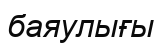
баяулығы